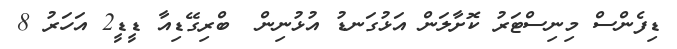
ޑިފެންސް މިނިސްޓަރު ކޮށާލަން އަޅުގަނޑު އުޅުނިން  ބްރިގޭޑިއާ ޑީޑީ2 އަހަރު 8